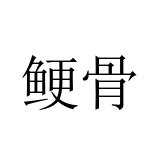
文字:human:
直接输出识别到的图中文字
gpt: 鲠骨